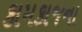
કામકાજના